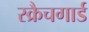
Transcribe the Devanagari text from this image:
स्क्रैचगार्ड